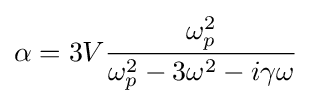
\alpha =3V{\frac {\omega _{p}^{2}}{\omega _{p}^{2}-3\omega ^{2}-i\gamma \omega }}